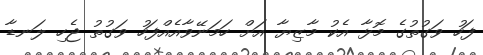
ފަހު ވަގުތުގެ މޮޅާ އެކު މާޒިޔާ އަށް ހަމަނޭވާއެއްފަހު ވަގުތު ޖެހި ލަނޑާ